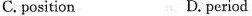
C.position D. period